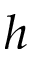
h